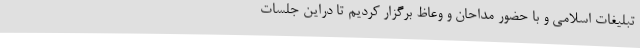
تبلیغات اسلامی و با حضور مداحان و وعاظ برگزار کردیم تا دراین جلسات